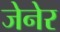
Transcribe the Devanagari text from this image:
जेनेर